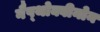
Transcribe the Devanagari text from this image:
नैप्थोक्वीनोन